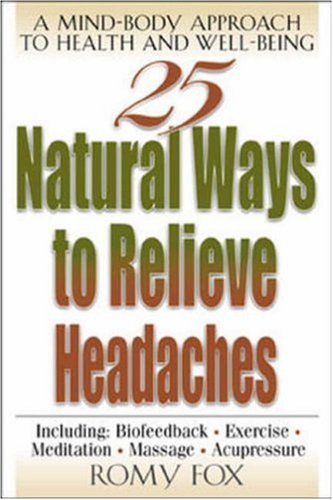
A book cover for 25 Natural Ways to Relieve Headaches : A Mind-Body Approach to Health and Well-Being; Romy Fox; Health, Fitness & Dieting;